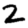
Digit: 2